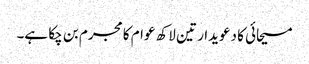
مسیحائی کا دعویدار تین لاکھ عوام کا مجرم بن چکا ہے۔